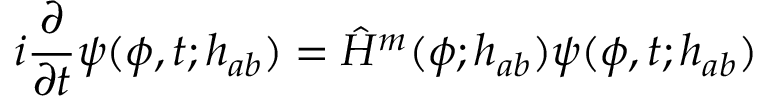
i \frac { \partial } { \partial t } \psi ( \phi , t ; h _ { a b } ) = \hat { H } ^ { m } ( \phi ; h _ { a b } ) \psi ( \phi , t ; h _ { a b } )